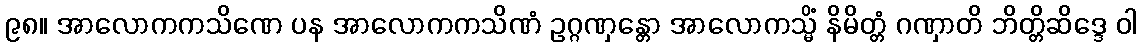
၉၈။ အာလောကကသိဏေ ပန အာလောကကသိဏံ ဥဂ္ဂဏှန္တော အာလောကသ္မိံ နိမိတ္တံ ဂဏှာတိ ဘိတ္တိဆိဒ္ဒေ ဝါ